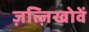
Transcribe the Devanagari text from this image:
ज़त्ज़िखोवें